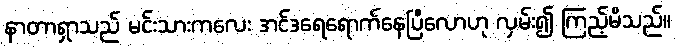
နာတာရှာသည် မင်းသားကလေး အင်ဒရေရောက်နေပြီလောဟု လှမ်း၍ ကြည့်မိသည်။